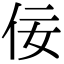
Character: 佞